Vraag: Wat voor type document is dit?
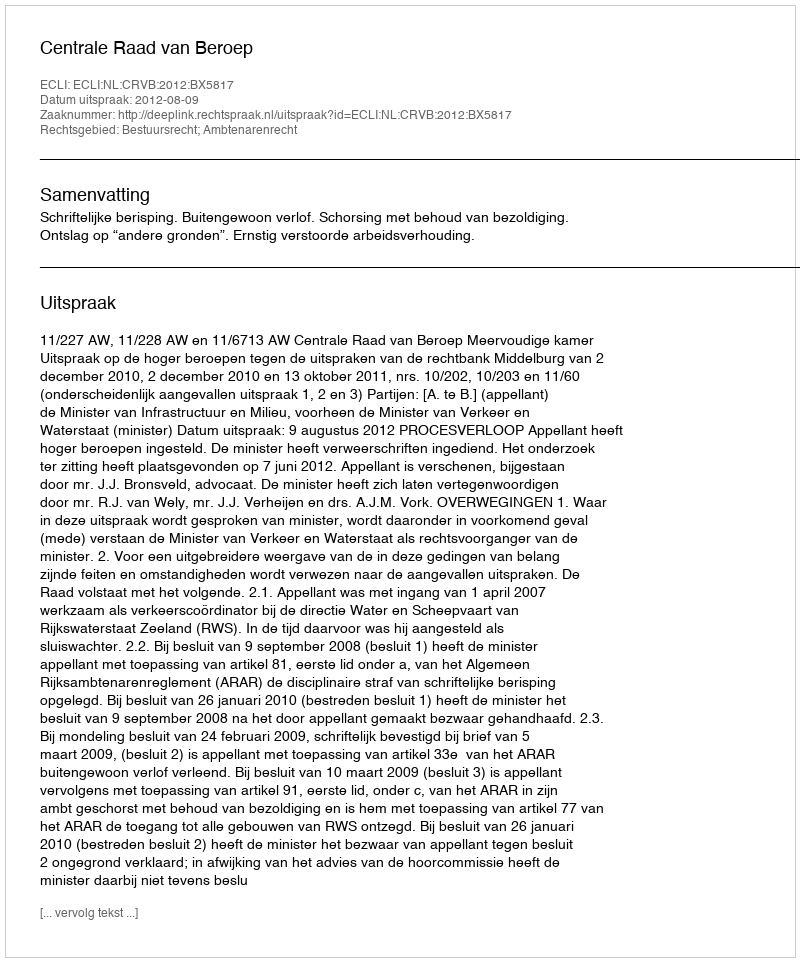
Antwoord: Uitspraak